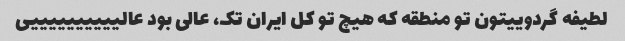
لطیفه گردوییتون تو منطقه که هیچ تو کل ایران تک، عالی بود عالییییییییییی